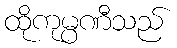
ထိုကုမ္ပဏီသည်